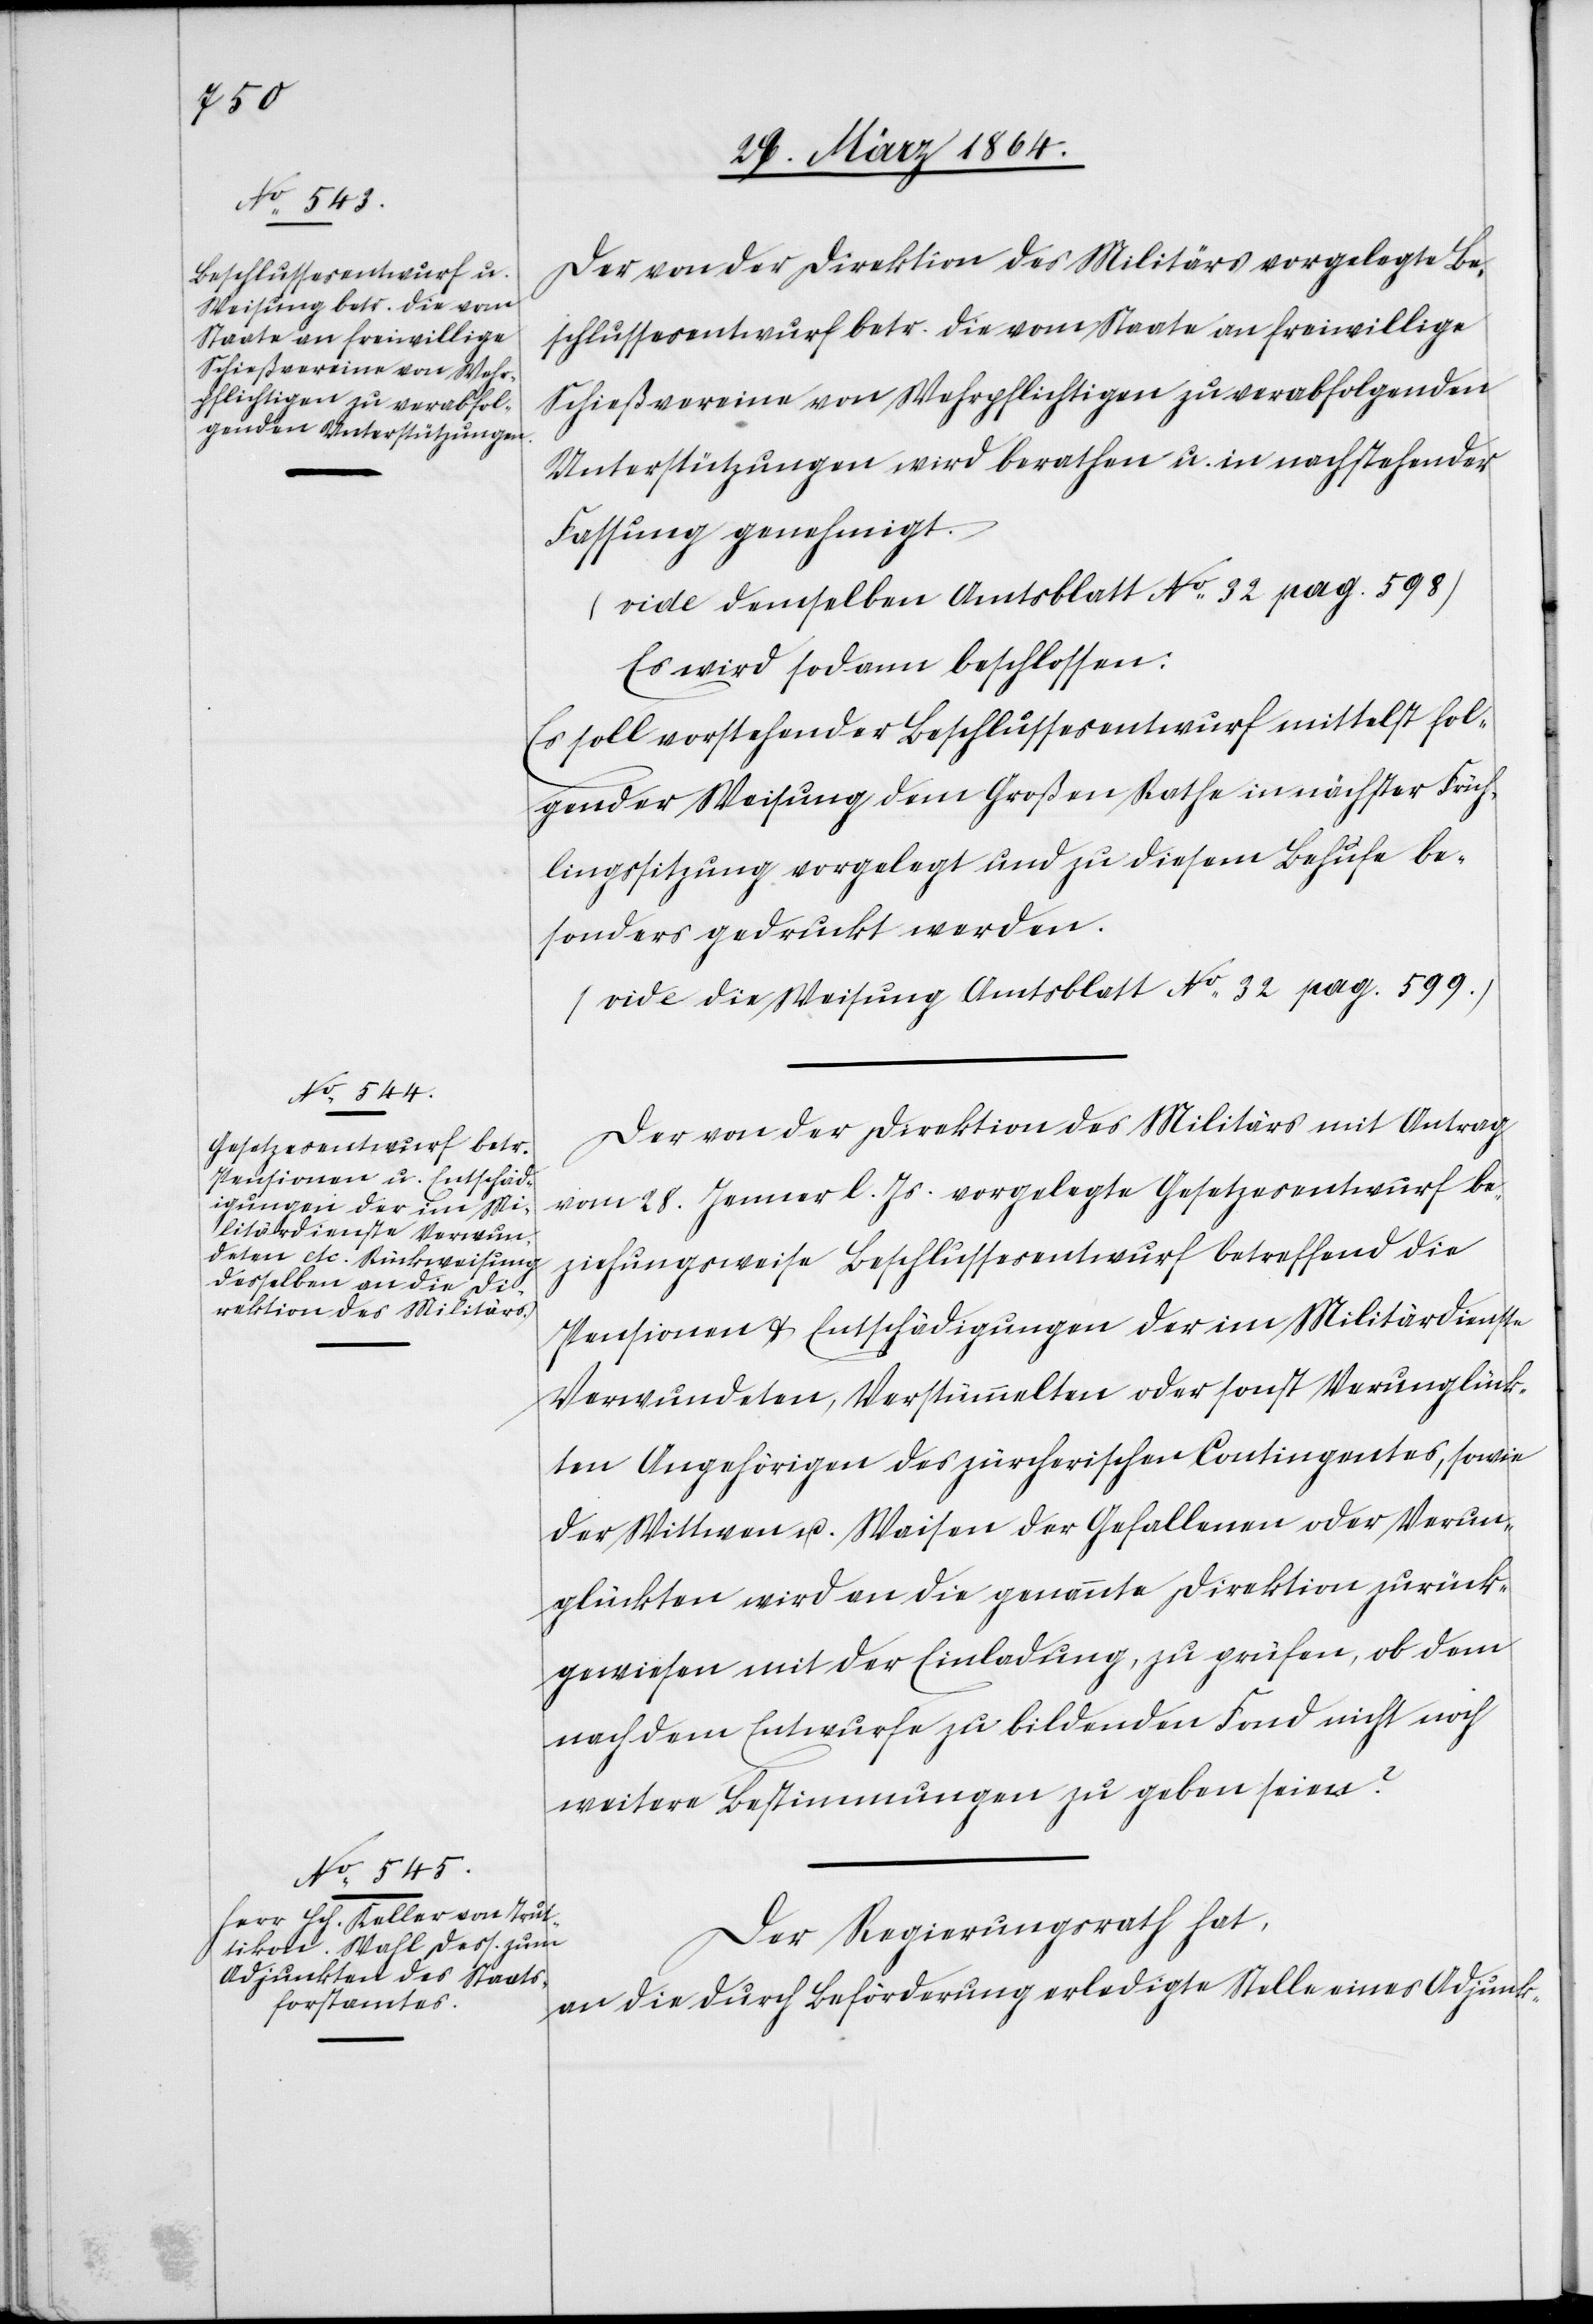
Der von der Direktion des Militärs vorgelegte Be¬
schlussesentwurf betr. die vom Staate an freiwillige
Schießvereine von Wehrpflichtigen zu verabfolgenden
Unterstützungen wird berathen u. in nachstehender
Fassung genehmigt.
(vide demselben Amtsblatt No 32 pag. 598)
Es wird sodann beschlossen:
Es soll vorstehender Beschlussesentwurf mittelst fol¬
gender Weisung dem Großen Rathe in nächster Früh¬
lingssitzung vorgelegt und zu diesem Behufe be¬
sonders gedruckt werden.
(vide die Weisung Amtsblatt No 32 pag. 599.)
Der von der Direktion des Militärs mit Antrag
vom 28. Jenner l. Js. vorgelegte Gesetzesentwurf be¬
ziehungsweise Beschlussesentwurf betreffend die
Pensionen u. Entschädigungen der im Militärdienste
Verwundeten, Verstümmelten oder sonst Verunglück¬
ten Angehörigen des zürcherischen Contingentes, sowie
der Wittwen u. Waisen der Gefallenen oder Verun¬
glückten wird an die genannte Direktion zurück¬
gewiesen mit der Einladung, zu prüfen, ob dem
nach dem Entwurfe zu bildenden Fond nicht noch
weitere Bestimmungen zu geben seien?
Der Regierungsrath hat,
an die durch Beförderung erledigte Stelle eines Adjunkt-